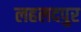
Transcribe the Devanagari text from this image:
लहलदपुर